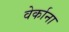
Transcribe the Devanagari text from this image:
वेर्काना